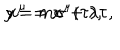
LaTeX: y = m \sigma + \lambda \tau , \hspace { 2 0 m m } x ^ { \mu } = x ^ { \mu } ( \tau ) ,